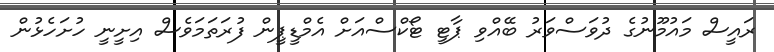
ރައީސް މައުމޫނުގެ ދުވަސްވަރު ބޭއްވި ޕާޓީ ޓޯކްސްއަށް އެމްޑީޕީން ފުރަތަމަވެސް އިށީނީ ހުށަހެޅުން